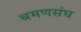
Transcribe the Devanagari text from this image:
श्रमणसंघ